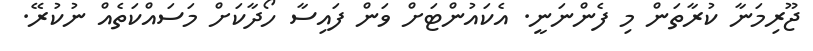
ޖޫރިމަނާ ކުރާތަން މި ފެންނަނީ. އެކައުންޓަށް ވަން ފައިސާ ހޯދާކަށް މަސައްކަތެއް ނުކުރޭ.